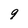
Character: 9